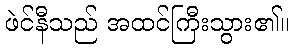
ဖဲင်နီသည် အထင်ကြီးသွား၏။